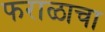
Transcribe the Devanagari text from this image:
फराळाचा